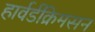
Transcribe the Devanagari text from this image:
हार्वर्डक्रिमसन